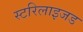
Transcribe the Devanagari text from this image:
स्टरिलाइजड